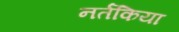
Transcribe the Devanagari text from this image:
नर्तकिया